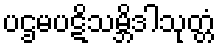
ပဌမပဋိသမ္ဘိဒါသုတ္တံ